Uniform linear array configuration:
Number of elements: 32
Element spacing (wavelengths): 0.25
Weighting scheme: cosine
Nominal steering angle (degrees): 30
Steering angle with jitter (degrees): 30.906
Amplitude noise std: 0.05
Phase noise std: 0.05

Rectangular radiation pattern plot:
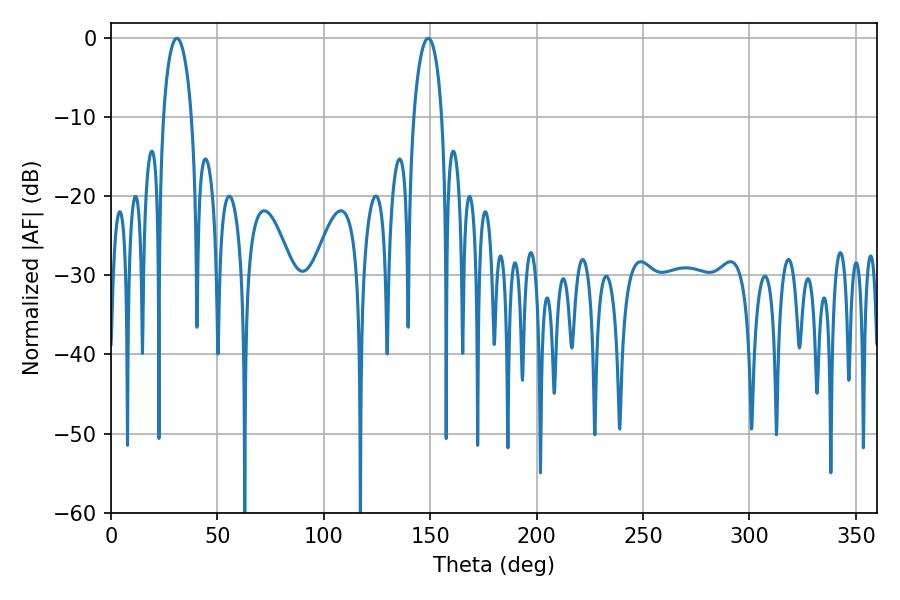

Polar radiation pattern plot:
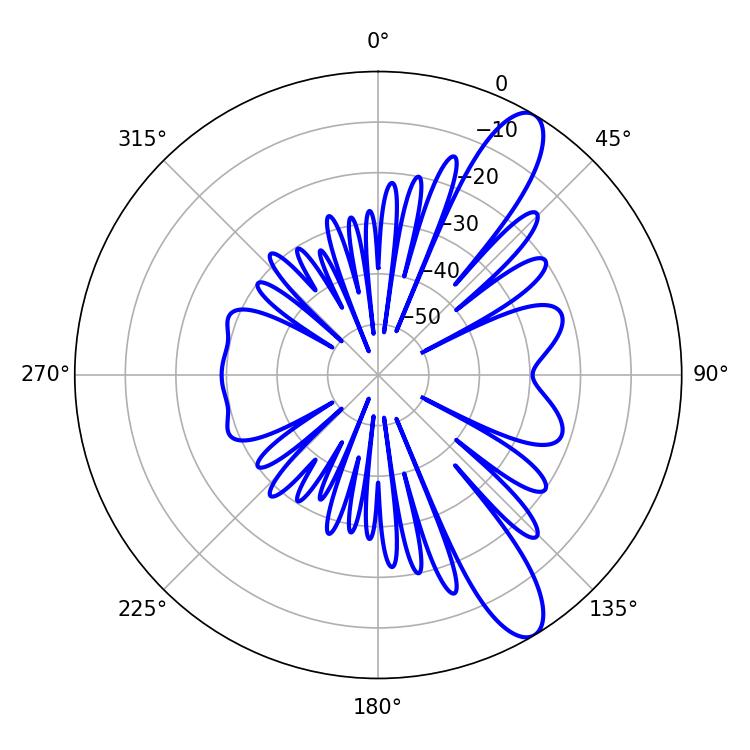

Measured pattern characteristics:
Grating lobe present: FALSE
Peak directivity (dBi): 11.208
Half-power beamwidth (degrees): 7.56
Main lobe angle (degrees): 30.96